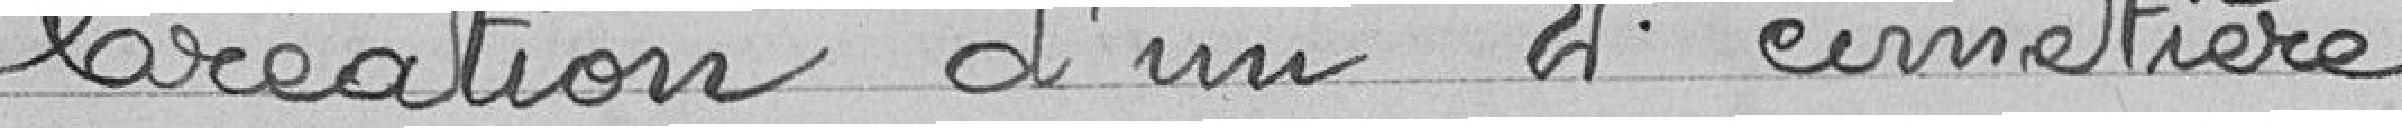
Création d'un 2° cimetière